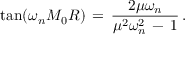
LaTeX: \tan ( \omega _ { n } M _ { 0 } R ) \, = \, \frac { 2 \mu \omega _ { n } } { \mu ^ { 2 } \omega _ { n } ^ { 2 } \, - \, 1 } \, { . }